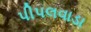
પીપલવાડા